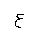
Letter: _ayn